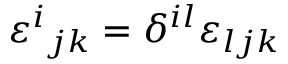
\varepsilon ^ { i } { } _ { j k } = \delta ^ { i l } \varepsilon _ { l j k }